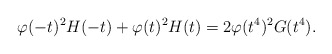
\begin{align*} \varphi(-t)^2H(-t)+\varphi(t)^2H(t) = 2\varphi(t^4)^2G(t^4).\end{align*}